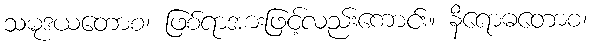
သမုဒယတောစ၊ ဖြစ်ရာအားဖြင့်လည်းကောင်း။ နိရောဓတောစ၊